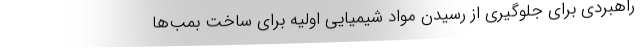
راهبردی برای جلوگیری از رسیدن مواد شیمیایی اولیه برای ساخت بمب‌ها